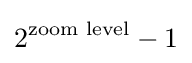
2^{\text{zoom level}}-1